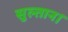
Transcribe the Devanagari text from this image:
सुल्तान।